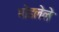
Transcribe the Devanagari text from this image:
मोडलेले